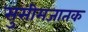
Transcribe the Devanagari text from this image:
सुसीमजातक